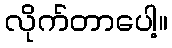
လိုက်တာပေါ့။